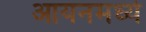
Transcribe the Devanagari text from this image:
आयनमध्ये